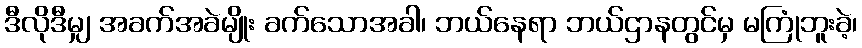
ဒီလိုဒီမျှ အခက်အခဲမျိုး ခက်သောအခါ၊ ဘယ်နေရာ ဘယ်ဌာနတွင်မှ မကြုံဘူးခဲ့၊